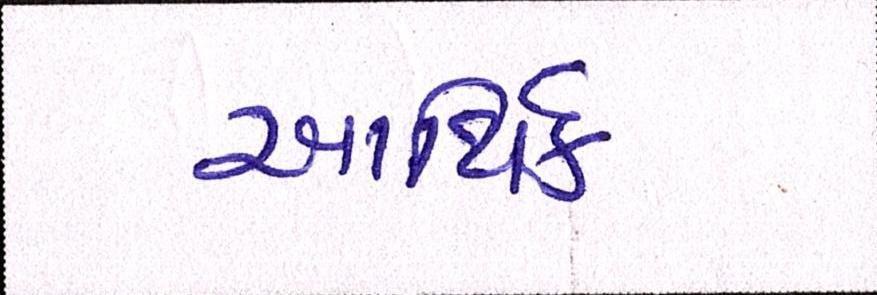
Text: આર્થિક